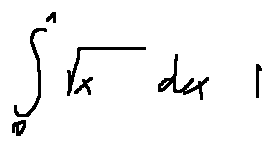
\int \limits _ { 0 } ^ { 1 } \sqrt { x } d x